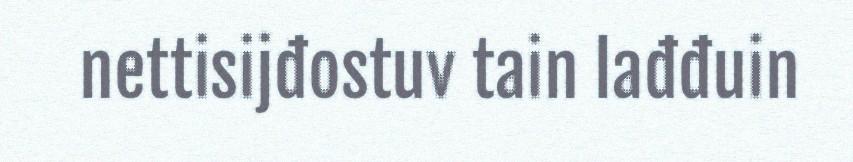
nettisijđostuv tain lađđuin